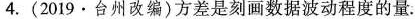
4.(2019 · 台州改编)方差是刻画数据波动程度的量。